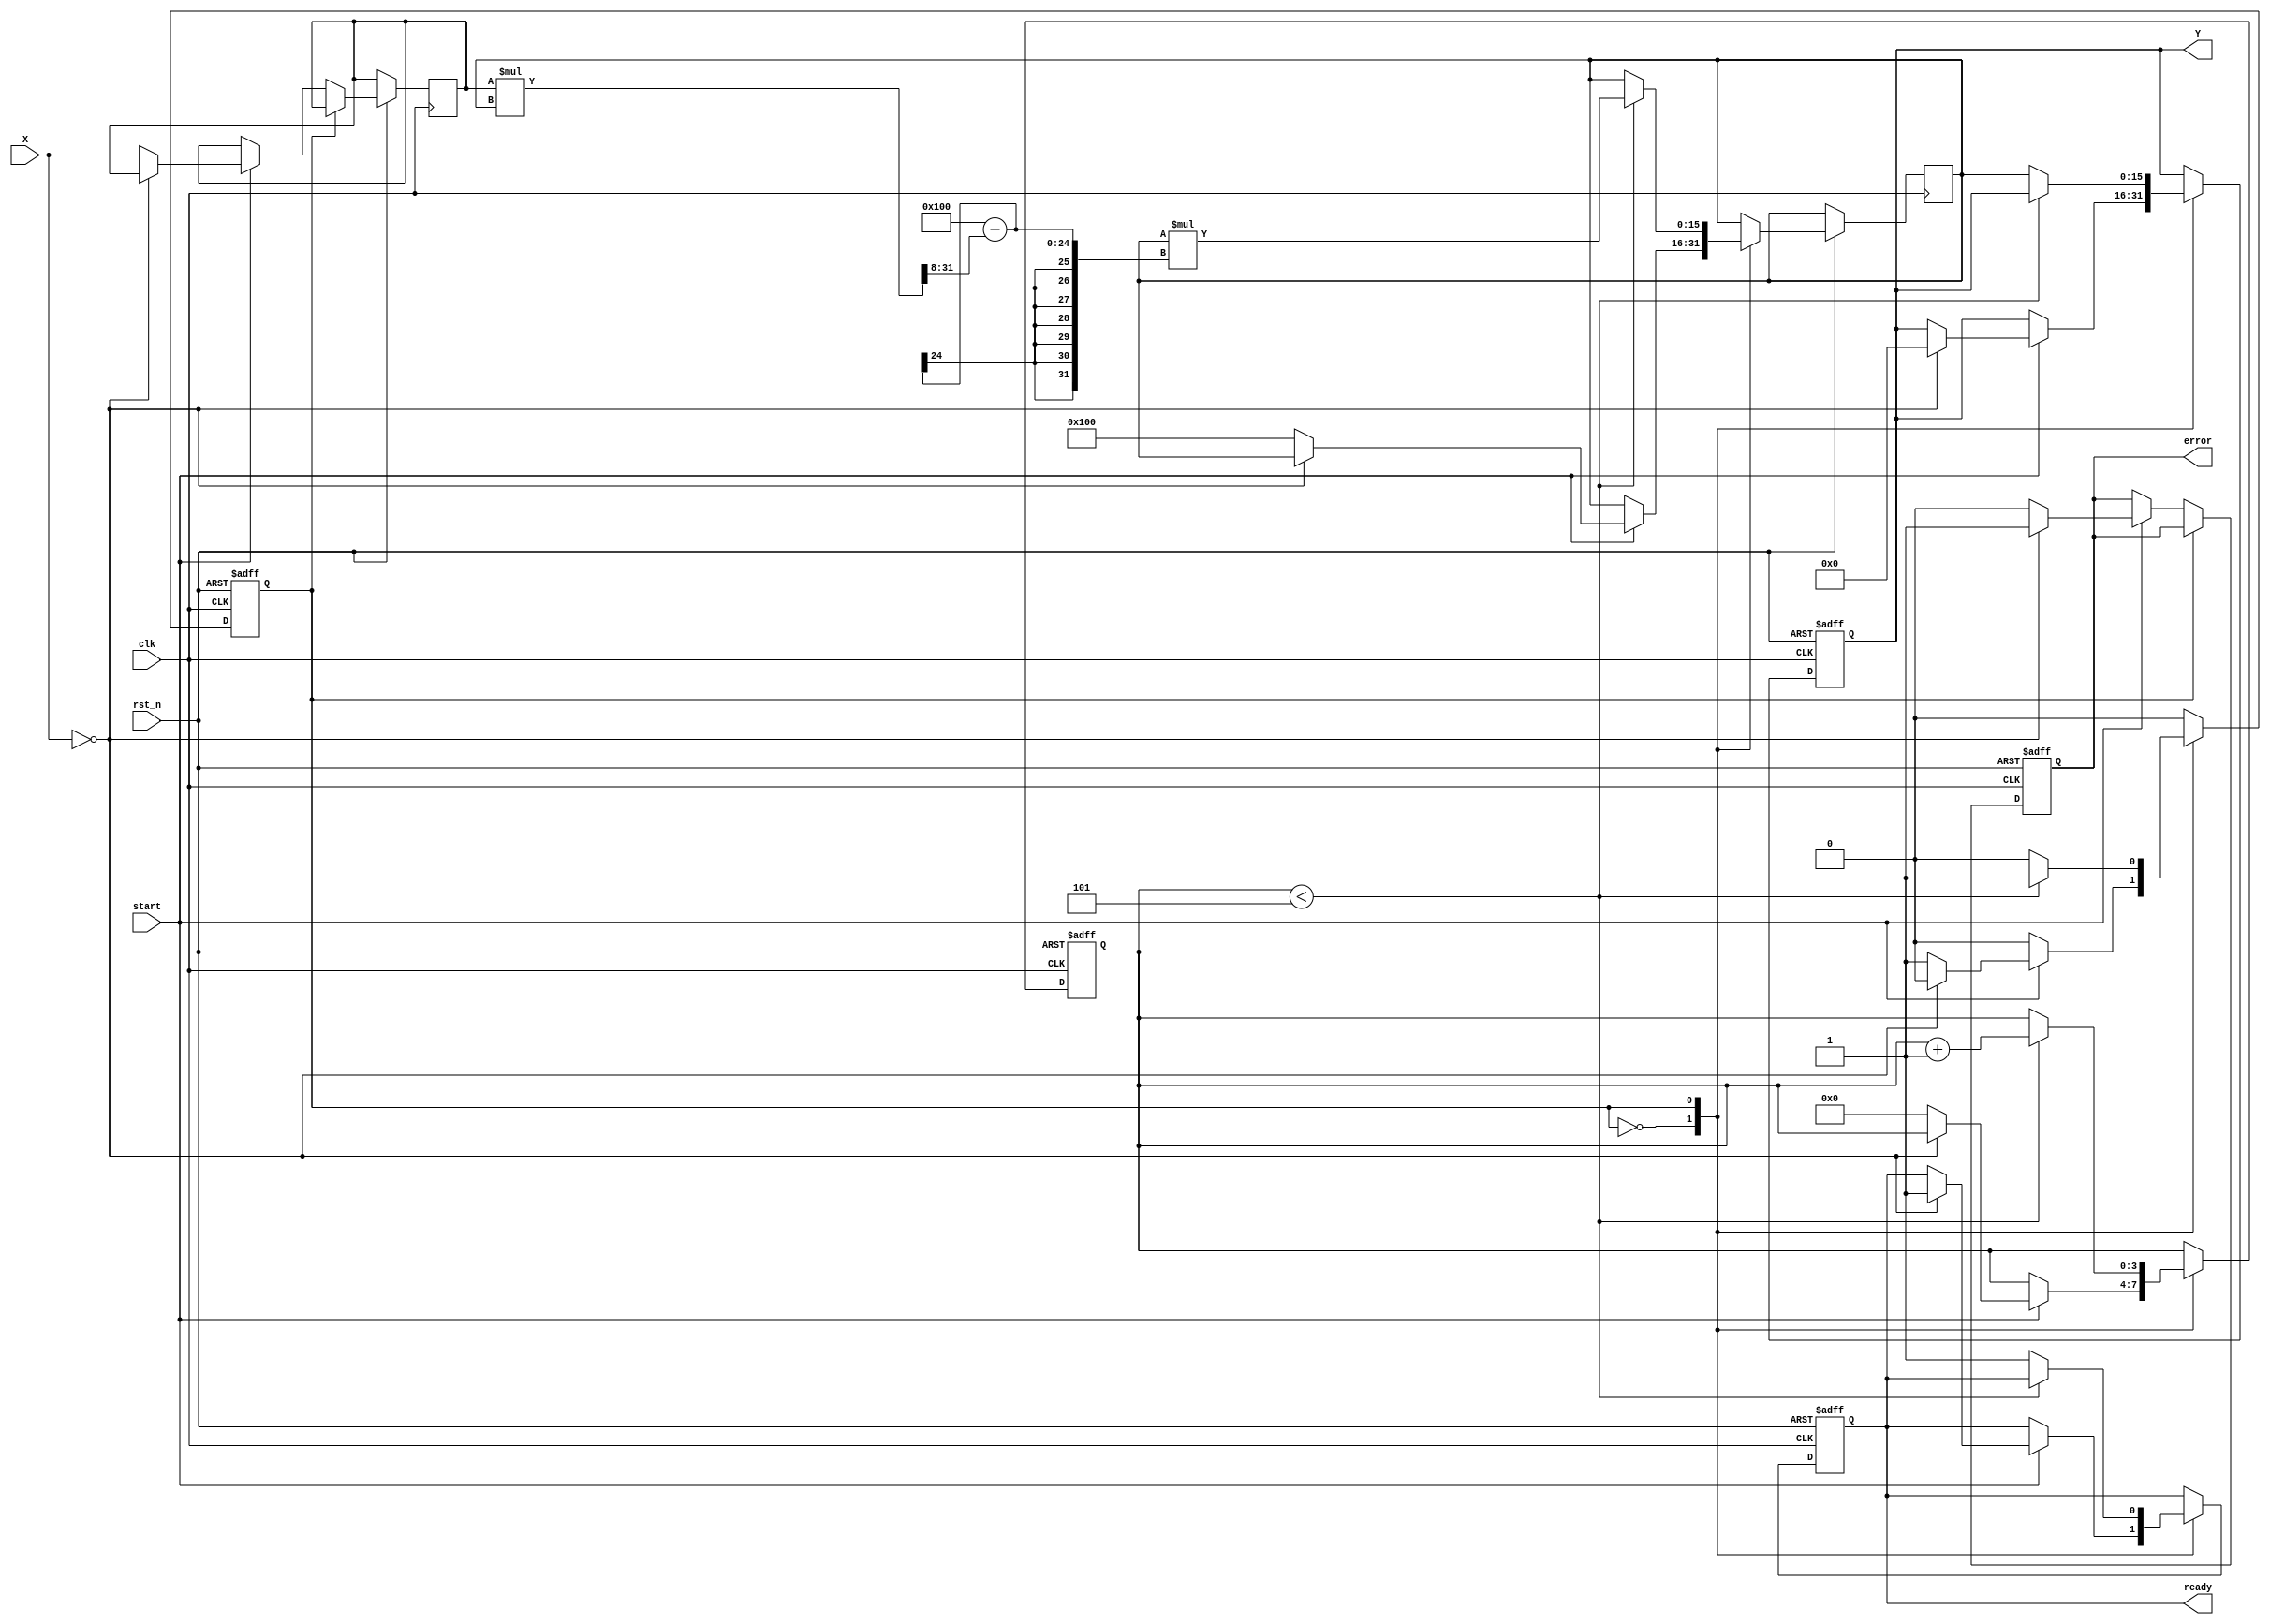
module FixedPointReciprocal #(
    parameter N = 16, // Input width
    parameter M = 16, // Output width
    parameter FRACTIONAL_BITS = 8 // Number of fractional bits
)(
    input wire clk,
    input wire rst_n,
    input wire start,
    input wire [N-1:0] X, // Input Data
    output reg [M-1:0] Y, // Output Data
    output reg ready, // Ready signal
    output reg error // Error signal for division by zero
);

    // Internal parameters
    localparam MAX_ITER = 5; // Maximum iterations for Newton-Raphson
    localparam ONE = (1 << FRACTIONAL_BITS); // Fixed-point representation of 1

    // State variables
    reg [N-1:0] x_reg;
    reg [M-1:0] approx;
    reg [3:0] iter_count;
    reg calculating;

    // State machine for control
    always @(posedge clk or negedge rst_n) begin
        if (!rst_n) begin
            Y <= 0;
            ready <= 0;
            error <= 0;
            calculating <= 0;
            iter_count <= 0;
        end else begin
            case (calculating)
                0: begin // Idle state
                    if (start) begin
                        if (X == 0) begin
                            error <= 1; // Division by zero
                            Y <= 0; // Output zero or predefined value
                            ready <= 1;
                        end else begin
                            error <= 0;
                            x_reg <= X;
                            approx <= ONE; // Initial approximation
                            iter_count <= 0;
                            calculating <= 1; // Move to calculating state
                        end
                    end
                end
                1: begin // Calculating state
                    if (iter_count < MAX_ITER) begin
                        // Newton-Raphson iteration: approx = approx * (2 - x_reg * approx)
                        approx <= approx * (ONE - (x_reg * approx >> FRACTIONAL_BITS));
                        iter_count <= iter_count + 1;
                    end else begin
                        Y <= approx; // Final result
                        ready <= 1; // Indicate computation is done
                        calculating <= 0; // Go back to idle state
                    end
                end
            endcase
        end
    end

endmodule